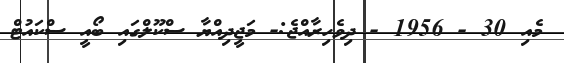
މެއި 30 - 1956 - ދިވެހިރާއްޖެ:- މަޖީދިއްޔާ ސްކޫލްގައި ބޯއީ ސްކައުޓް